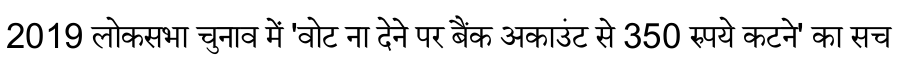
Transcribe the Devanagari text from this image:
2019 लोकसभा चुनाव में 'वोट ना देने पर बैंक अकाउंट से 350 रुपये कटने' का सच